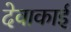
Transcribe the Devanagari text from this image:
देवाकाई